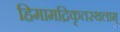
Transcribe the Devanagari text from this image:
हिमामद्रिकृतस्थलाम्